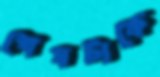
শেষটাকে